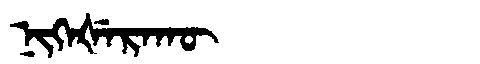
Manchu: ᠨᡳᡴᡝᡧᡝᡵᠠᡴᡡ
Romanization: NIKEŠERAKŪ